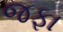
જફા